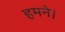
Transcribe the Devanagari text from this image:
हमने।